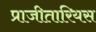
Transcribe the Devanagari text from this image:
प्राजीतारियस